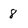
Character: 8